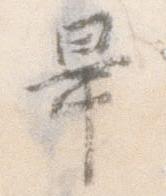
畢